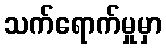
သက်ရောက်မှုမှာ